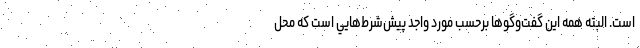
است. البته همه اين گفت‌وگوها برحسب مورد واجد پيش‌شرط‌هايي است كه محل